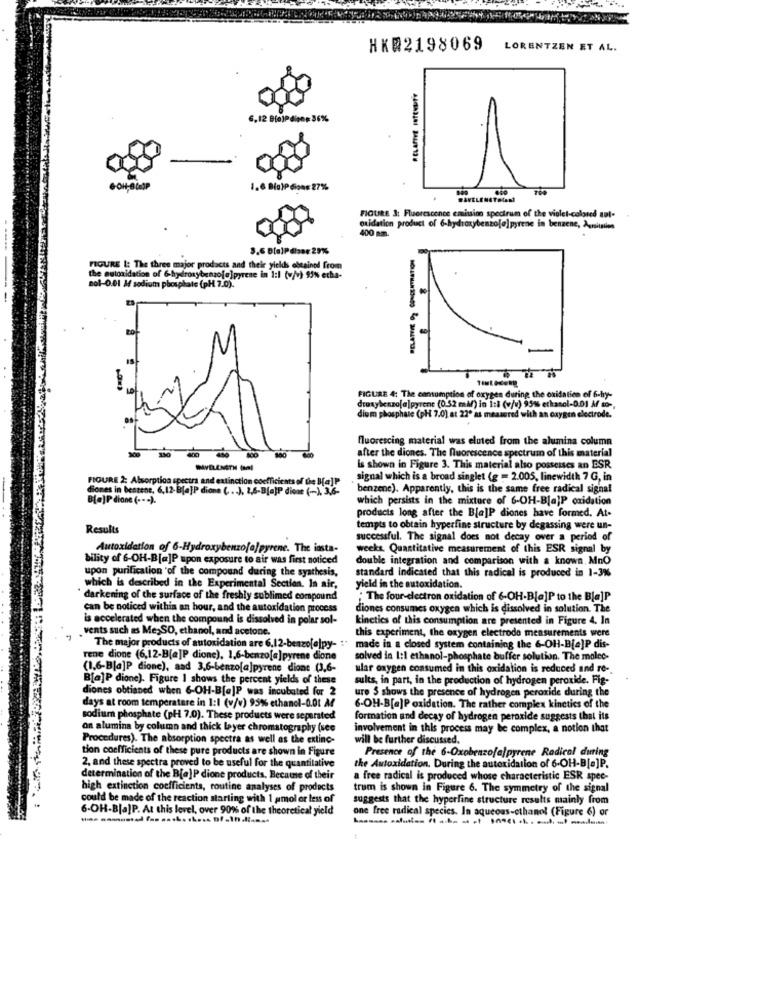
HK@2198069
LORENTZEN ET AL.
6,12 Ble)Pdinn#36%
6-OH-Ble3
1.6 Bio)Pdions 27%
FIGURE 3: Fluorescence emission spectrum of the violet-colored aut-
oxidation product of 6-hydroxybenzo[a]pyrene in benzene, Agusitstien
400 mm.
FIGURE &: The three major products and their yields ettained from
the autoxidation of 6-hydroxybenzofø]pyrene in 1:1 (v/v) 95% etha-
sol-0.01 M sodium phosphate (pH 7.0).
FIGURE 4; The consumption of oxygen during the oxidation of 6-hy-
droxybenzo[a]pyrene (0.52 mål) in I:i (v/v) 95% ethanol-0.01 M so-
dium phosphate (pH 7.0) at 22º as measured with an oxygen electrode."
fluorescing material was eluted from the alumina column
130
450
after the diones. The fluorescence spectrum of this material
Is shown in Figure 3. This material also possesses an ESR
FIGURE 2: Absorption spectra and extinction coefficients of the B[a]P
signal which is a broad singlet (g == 2.005, linewidth 7 G, in
diones in bentene, 6,12-B[a]P dione (. .. ), 2,6-B[a]P dione (-), 3,6-
benzene). Apparently, this is the same free radical signal
B[.]P dione ( --- ).
which persists in the mixture of 6-OH-B[a]P oxidation
products long after the B[a]P diones have formed, At.
Results
tempts to obtain hyperfine structure by degassing were un-
successful. The signal does not decay over a period of
Autoxidation of 6-Hydroxybenzofa] pyrene. The insta-
weeks. Quantitative measurement of this ESR signal by
bility of 6-OH-B[a]P upon exposure to air was first noticed
double integration and comparison with a known, MnO
upon purification of the compound during the synthesis,
standard indicated that this radical is produced in 1-3%
which is described in the Experimental Section. In air,
yield in the autoxidation.
darkening of the surface of the freshly sublimed compound
" The four-electron oxidation of 6-OH-B[a]P to the B[a]P
can be noticed within an hour, and the autoxidation process
diones consumes oxygen which is dissolved in solution. The
is accelerated when the compound is dissolved in polar sol-
kinetics of this consumption are presented in Figure 4. In
vents such as Me, SO, ethanol, and acetone.
this experiment, the oxygen electrode measurements were
The major products of autoxidation are 6,12-benzo[alpy- : "
made in a closed system containing the 6-OH-B[a]P dis-
rene dione (6,12-B[a]P dione), 1,6-benzo[a]pyrene dione
solved in I:1 ethanol-phosphate buffer solution. The molec-
(1.6-B[a]P dione), aad 3,6-benzo[a]pyrene dione (3,6-
ular oxygen consumed in this oxidation is reduced and re-
B[a]P dione). Figure 1 shows the percent yields of these
sults, in part, in the production of hydrogen peroxide. Fig-
diones obtianed when 6-OH-B[a]P was incubated for 2
ure S shows the presence of hydrogen peroxide during the
days at room temperature in 1:1 (v/v) 95%% ethanol-0.01 M
6-OH-B[a]P oxidation. The rather complex kinetics of the
sodium phosphate (pH 7.0). These products were separated
formation and decay of hydrogen peroxide suggests that its
on alumina by column and thick layer chromatography (sec
involvement in this process may be complex, a notion that
Procedures). The absorption spectra as well as the extinc-
will be further discussed.
tion coefficients of these pure products are shown in Figure
Presence of the 6-Oxobenzofalpyrene Radical during
2, and these spectra proved to be useful for the quantitative
the Autoxidation. During the autoxidation of 6-OH-B[a]P.
determination of the B[e]P dione products. Because of their
a free radical is produced whose characteristic ESR spec-
high extinction coefficients, routine analyses of products
trum is shown in Figure 6. The symmetry of the signal
could be made of the reaction starting with 1 pmol or less of
suggests that the hyperfine structure results mainly from
6-OH-B[a]P. At this level, over 90% of the theoretical yield
one free radical species. In aqueous-ethanol (Figure 6) or